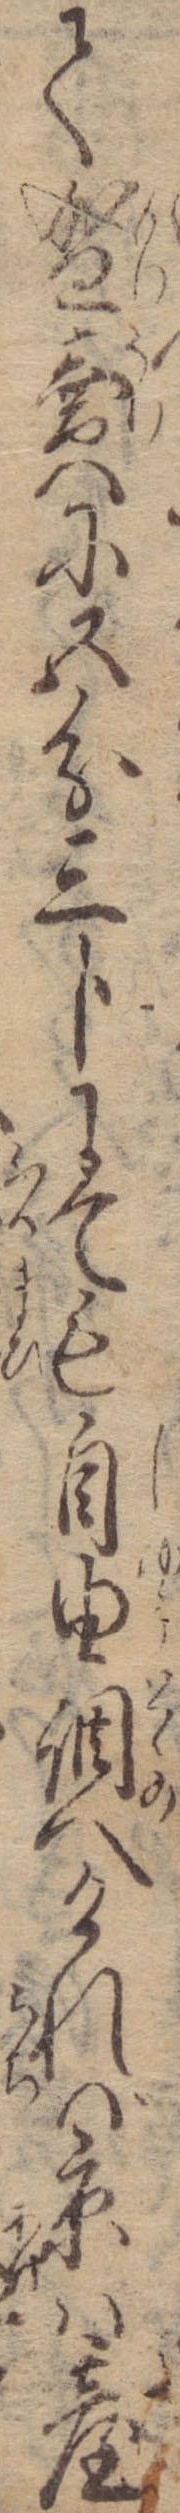
て盛売に五分三分にても自由調へければ京は台